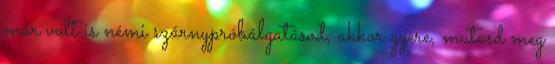
már volt is némi szárnypróbálgatásod, akkor gyere, mutasd meg